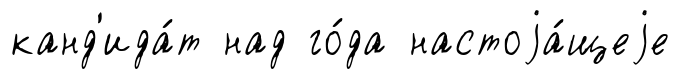
канд'ида́т над го́да настоjа́щеjе